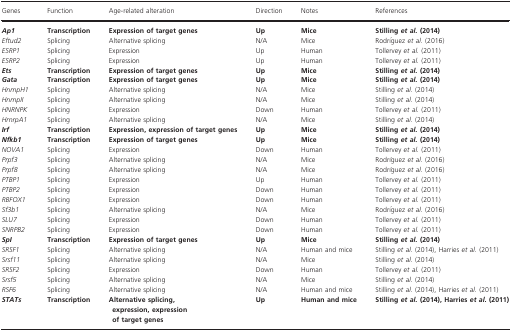
<table><thead><tr><td><b>Genes</b></td><td><b>Function</b></td><td><b>Age‐related alteration</b></td><td><b>Direction</b></td><td><b>Notes</b></td><td><b>References</b></td></tr></thead><tbody><tr><td><i><b>Ap1</b></i></td><td><b>Transcription</b></td><td><b>Expression of target genes</b></td><td><b>Up</b></td><td><b>Mice</b></td><td><b>Stilling</b><i><b>et al.</b></i><b>(</b>2014<b>)</b></td></tr><tr><td><i>Eftud2</i></td><td>Splicing</td><td>Alternative splicing</td><td>N/A</td><td>Mice</td><td>Rodríguez <i>et al</i>. (2016)</td></tr><tr><td><i>ESRP1</i></td><td>Splicing</td><td>Expression</td><td>Up</td><td>Human</td><td>Tollervey <i>et al</i>. (2011)</td></tr><tr><td><i>ESRP2</i></td><td>Splicing</td><td>Expression</td><td>Up</td><td>Human</td><td>Tollervey <i>et al</i>. (2011)</td></tr><tr><td><i><b>Ets</b></i></td><td><b>Transcription</b></td><td><b>Expression of target genes</b></td><td><b>Up</b></td><td><b>Mice</b></td><td><b>Stilling</b><i><b>et al.</b></i><b>(</b>2014<b>)</b></td></tr><tr><td><i><b>Gata</b></i></td><td><b>Transcription</b></td><td><b>Expression of target genes</b></td><td><b>Up</b></td><td><b>Mice</b></td><td><b>Stilling</b><i><b>et al.</b></i><b>(</b>2014<b>)</b></td></tr><tr><td><i>HnrnpH1</i></td><td>Splicing</td><td>Alternative splicing</td><td>N/A</td><td>Mice</td><td>Stilling <i>et al</i>. (2014)</td></tr><tr><td><i>HnrnpII</i></td><td>Splicing</td><td>Alternative splicing</td><td>N/A</td><td>Mice</td><td>Stilling <i>et al</i>. (2014)</td></tr><tr><td><i>HNRNPK</i></td><td>Splicing</td><td>Expression</td><td>Down</td><td>Human</td><td>Tollervey <i>et al</i>. (2011)</td></tr><tr><td><i>HrnrpA1</i></td><td>Splicing</td><td>Alternative splicing</td><td>N/A</td><td>Mice</td><td>Stilling <i>et al</i>. (2014)</td></tr><tr><td><i><b>Irf</b></i></td><td><b>Transcription</b></td><td><b>Expression, expression of target genes</b></td><td><b>Up</b></td><td><b>Mice</b></td><td><b>Stilling</b><i><b>et al.</b></i><b>(</b>2014<b>)</b></td></tr><tr><td><i><b>Nfkb1</b></i></td><td><b>Transcription</b></td><td><b>Expression of target genes</b></td><td><b>Up</b></td><td><b>Mice</b></td><td><b>Stilling</b><i><b>et al.</b></i><b>(</b>2014<b>)</b></td></tr><tr><td><i>NOVA1</i></td><td>Splicing</td><td>Expression</td><td>Down</td><td>Human</td><td>Tollervey <i>et al</i>. (2011)</td></tr><tr><td><i>Prpf3</i></td><td>Splicing</td><td>Alternative splicing</td><td>N/A</td><td>Mice</td><td>Rodríguez <i>et al</i>. (2016)</td></tr><tr><td><i>Prpf8</i></td><td>Splicing</td><td>Alternative splicing</td><td>N/A</td><td>Mice</td><td>Rodríguez <i>et al</i>. (2016)</td></tr><tr><td><i>PTBP1</i></td><td>Splicing</td><td>Expression</td><td>Up</td><td>Human</td><td>Tollervey <i>et al</i>. (2011)</td></tr><tr><td><i>PTBP2</i></td><td>Splicing</td><td>Expression</td><td>Down</td><td>Human</td><td>Tollervey <i>et al</i>. (2011)</td></tr><tr><td><i>RBFOX1</i></td><td>Splicing</td><td>Expression</td><td>Down</td><td>Human</td><td>Tollervey <i>et al</i>. (2011)</td></tr><tr><td><i>Sf3b1</i></td><td>Splicing</td><td>Alternative splicing</td><td>N/A</td><td>Mice</td><td>Rodríguez <i>et al</i>. (2016)</td></tr><tr><td><i>SLU7</i></td><td>Splicing</td><td>Expression</td><td>Down</td><td>Human</td><td>Tollervey <i>et al</i>. (2011)</td></tr><tr><td><i>SNRPB2</i></td><td>Splicing</td><td>Expression</td><td>Down</td><td>Human</td><td>Tollervey <i>et al</i>. (2011)</td></tr><tr><td><i><b>SpI</b></i></td><td><b>Transcription</b></td><td><b>Expression of target genes</b></td><td><b>Up</b></td><td><b>Mice</b></td><td><b>Stilling</b><i><b>et al.</b></i><b>(</b>2014<b>)</b></td></tr><tr><td><i>SRSF1</i></td><td>Splicing</td><td>Alternative splicing</td><td>N/A</td><td>Human and mice</td><td>Stilling <i>et al</i>. (2014), Harries <i>et al</i>. (2011)</td></tr><tr><td><i>Srsf11</i></td><td>Splicing</td><td>Alternative splicing</td><td>N/A</td><td>Mice</td><td>Stilling <i>et al</i>. (2014)</td></tr><tr><td><i>SRSF2</i></td><td>Splicing</td><td>Expression</td><td>Down</td><td>Human</td><td>Tollervey <i>et al</i>. (2011)</td></tr><tr><td><i>Srsf5</i></td><td>Splicing</td><td>Alternative splicing</td><td>N/A</td><td>Mice</td><td>Stilling <i>et al</i>. (2014)</td></tr><tr><td><i>RSF6</i></td><td>Splicing</td><td>Alternative splicing</td><td>N/A</td><td>Human and mice</td><td>Stilling <i>et al</i>. (2014), Harries <i>et al</i>. (2011)</td></tr><tr><td><i><b>STATs</b></i></td><td><b>Transcription</b></td><td><b>Alternative splicing, expression, expression of target genes</b></td><td><b>Up</b></td><td><b>Human and mice</b></td><td><b>Stilling</b><i><b>et al.</b></i><b>(</b>2014<b>), Harries</b><i><b>et al.</b></i><b>(</b>2011<b>)</b></td></tr></tbody></table>